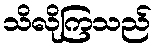
သိလိုကြသည်